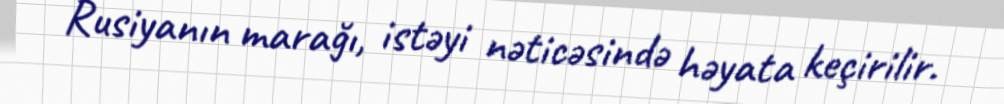
Rusiyanın marağı, istəyi nəticəsində həyata keçirilir.